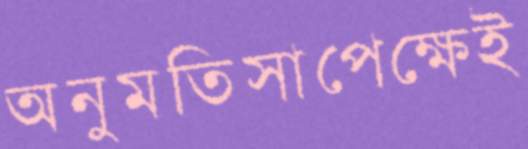
অনুমতিসাপেক্ষেই